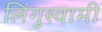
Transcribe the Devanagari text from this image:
लिंगुस्वामी